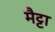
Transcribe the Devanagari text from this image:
मैट्टा